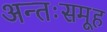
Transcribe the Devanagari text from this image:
अन्तःसमूह